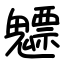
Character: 魒